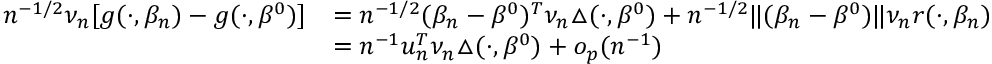
\begin{array} { r l } { n ^ { - 1 / 2 } \nu _ { n } [ g ( \cdot , \beta _ { n } ) - g ( \cdot , \beta ^ { 0 } ) ] } & { = n ^ { - 1 / 2 } ( \beta _ { n } - \beta ^ { 0 } ) ^ { T } \nu _ { n } \triangle ( \cdot , \beta ^ { 0 } ) + n ^ { - 1 / 2 } \Vert ( \beta _ { n } - \beta ^ { 0 } ) \Vert \nu _ { n } r ( \cdot , \beta _ { n } ) } \\ & { = n ^ { - 1 } u _ { n } ^ { T } \nu _ { n } \triangle ( \cdot , \beta ^ { 0 } ) + o _ { p } ( n ^ { - 1 } ) } \end{array}